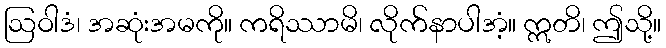
ဩဝါဒံ၊ အဆုံးအမကို။ ကရိဿာမိ၊ လိုက်နာပါအံ့။ ဣတိ၊ ဤသို့။